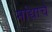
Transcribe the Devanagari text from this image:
मांद्याचे